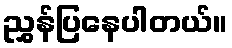
ညွှန်ပြနေပါတယ်။